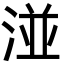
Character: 湴